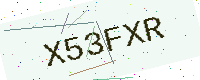
Text: X53FXR